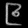
Digit: ၉